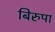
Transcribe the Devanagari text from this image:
बिरुपा